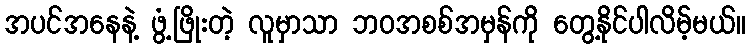
အပင်အနေနဲ့ ဖွံ့ဖြိုးတဲ့ လူမှာသာ ဘဝအစစ်အမှန်ကို တွေ့နိုင်ပါလိမ့်မယ်။